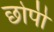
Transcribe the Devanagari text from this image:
छोपी